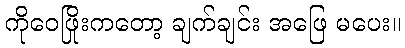
ကိုဝေဖြိုးကတော့ ချက်ချင်း အဖြေ မပေး။